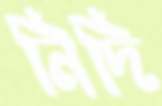
নিদি